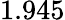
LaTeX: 1.945